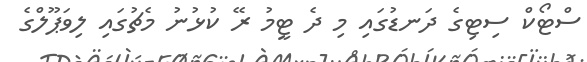
ސްޓޯކް ސިޓިގެ ދަނޑުގައި މި ދެ ޓީމު ރޭ ކުޅުނު މެޗުގައި ލިވަޕޫލްގެ